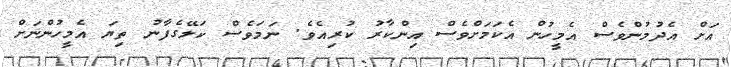
އަށް އެދުމުންވެސް އެމީހުން އެކަމަށްވެސް އިންކާރު ކުރިއެވެ. ނަމަވެސް ކަލޭގެފާނު ތިޔަ އެމީހުންނަށް